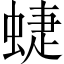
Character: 蜨